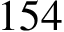
1 5 4